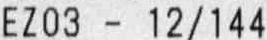
EZ03 - 12/144